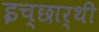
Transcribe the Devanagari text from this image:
इच्छार्थी